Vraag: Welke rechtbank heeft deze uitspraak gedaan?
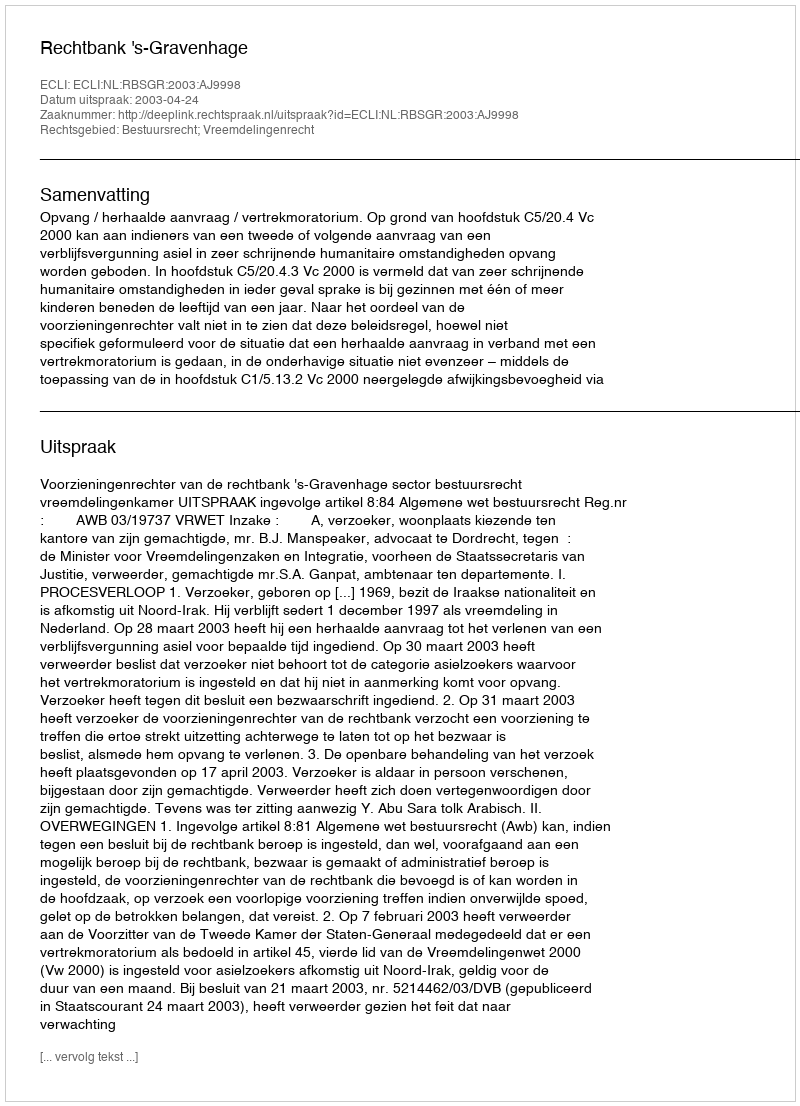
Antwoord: Rechtbank 's-Gravenhage